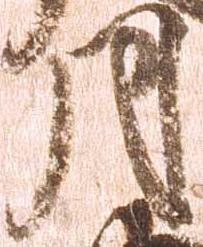
月